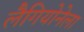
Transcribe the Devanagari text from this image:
लैगियोनेला